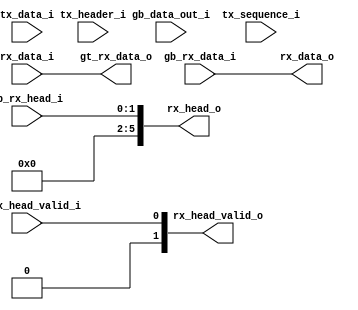
//
//  By David
//
//  2019.4.6
//////////////////////////////////////////////////////////////////////////////

`timescale 1ns / 1ps
`define DLY #1

module loopback #(
  parameter P_SCRAMBLE_LOOPBACK             = 1'b0,
  parameter P_GEARBOX_LOOPBACK              = 1'b0
)(
  output  [31:0]  gt_rx_data_o,
  input   [31:0]  gb_data_out_i,
  input   [31:0]  rx_data_i,

  input   [31:0]  gb_rx_data_i,
  input   [ 1:0]  gb_rx_head_i,
  input           gb_rx_head_valid_i,

  input   [31:0]  tx_data_i,
  input   [5:0]   tx_header_i,
  input   [6:0]   tx_sequence_i,

  output  [31:0]  rx_data_o,
  output  [ 5:0]  rx_head_o,
  output  [ 1:0]  rx_head_valid_o

);
  generate
    if(P_GEARBOX_LOOPBACK == 1) begin : g_gearbox_loopback_on
      assign  gt_rx_data_o = gb_data_out_i;
    end else begin : g_gearbox_loopback_off
      assign  gt_rx_data_o = rx_data_i;
    end
  endgenerate

  generate
    if(P_SCRAMBLE_LOOPBACK == 1) begin : g_scramble_loopback_on
      assign  rx_data_o         = tx_data_i;
      assign  rx_head_o         = tx_header_i;
      assign  rx_head_valid_o   = {1'b0, ~tx_sequence_i[0] & ~tx_sequence_i[6]};
    end else begin : g_scramble_loopback_off
      assign  rx_data_o         = gb_rx_data_i;
      assign  rx_head_o         = {4'b0, gb_rx_head_i};
      assign  rx_head_valid_o   = {1'b0, gb_rx_head_valid_i};
    end
  endgenerate

endmodule